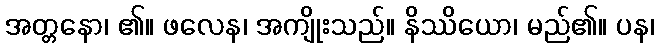
အတ္တနော၊ ၏။ ဖလေန၊ အကျိုးသည်။ နိဿိယော၊ မည်၏။ ပန၊